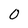
Character: 0